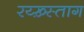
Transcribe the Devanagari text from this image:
रय्ख़्स्ताग